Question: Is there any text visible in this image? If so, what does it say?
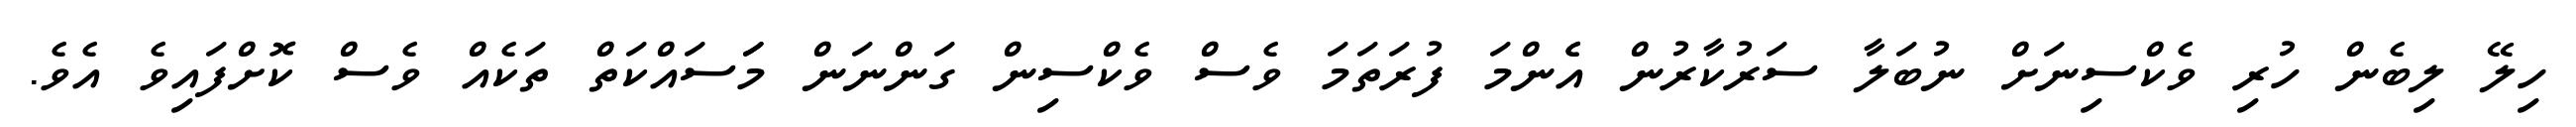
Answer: ހިލޭ ލިބެން ހުރި ވެކްސިނަށް ނުބަލާ ސަރުކާރުން އެެންމަ ފުރަތަމަ ވެސް ވެކްސިން ގަންނަން މަަސައްކަތް ތަކެއް ވެސް ކޮށްފައިވެ އެވެ.